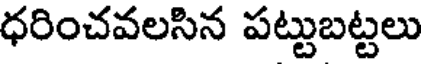
ధరించవలసిన పట్టుబట్టలు